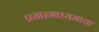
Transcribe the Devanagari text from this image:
प्रसारमाध्यमाचा